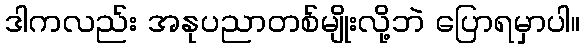
ဒါကလည်း အနုပညာတစ်မျိုးလို့ဘဲ ပြောရမှာပါ။